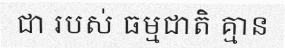
ជា របស់ ធម្មជាតិ គ្មាន